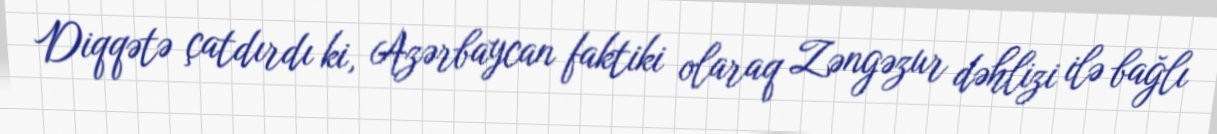
Diqqətə çatdırdı ki, Azərbaycan faktiki olaraq Zəngəzur dəhlizi ilə bağlı